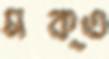
মক্ত